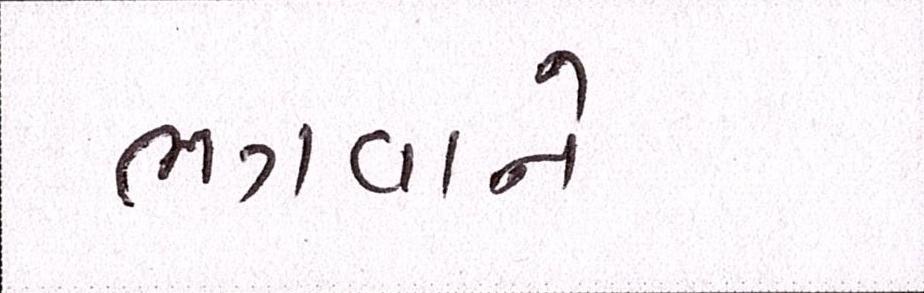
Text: ભગવાને